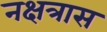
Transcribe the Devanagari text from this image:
नक्षत्रास